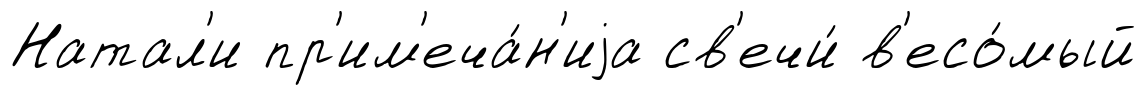
Натал'и пр'им'еча́н'иjа св'ечи́ в'есо́мый